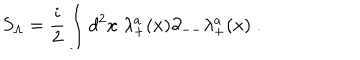
S _ { \Lambda } = { \frac { i } { 2 } } \int d ^ { 2 } x \; \lambda _ { + } ^ { a } ( x ) \partial _ { -- } \lambda _ { + } ^ { a } ( x ) \; .